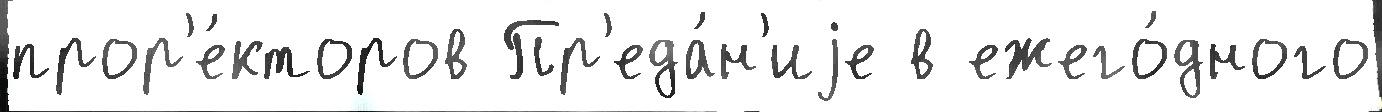
прор'е́кторов Пр'еда́н'иjе в ежего́дного